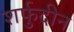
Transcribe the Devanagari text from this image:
शर्फुदीन